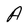
Character: A